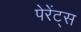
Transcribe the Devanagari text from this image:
पेरेंट्स